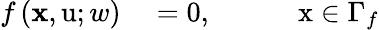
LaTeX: \begin{array}{r}{\begin{array}{rl}{f\left(\textbf{x},\mathrm{u};w\right)}&{{}=0,\quad\quad\quad\mathrm{x}\in\Gamma_{f}}\end{array}}\end{array}